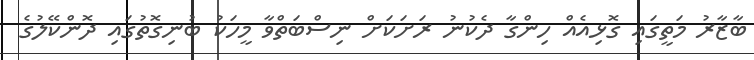
ބާޒާރު މަތީގައި ގޮޅިއެއް ހިންގާ ދެކުނު ރަށަކަށް ނިސްބަތްވާ މީހަކު ބުނިގޮތުގައި ދޮންކޭލުގެ